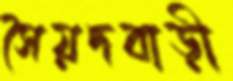
সৈয়দবাড়ী